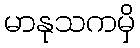
မာနုသကမှိ